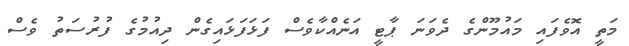
މަތީ އޮވެފައި މައުމޫންގެ ދެވަނަ ޕާޓީ އަނެއްކާވެސް ފަޅަފަޅައިގެން ދިއުމުގެ ފުރުސަތު ވެސް